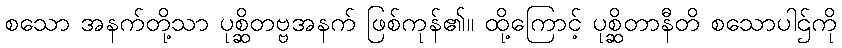
စသော အနက်တို့သာ ပုစ္ဆိတဗ္ဗအနက် ဖြစ်ကုန်၏။ ထို့ကြောင့် ပုစ္ဆိတာနီတိ စသောပါဌ်ကို